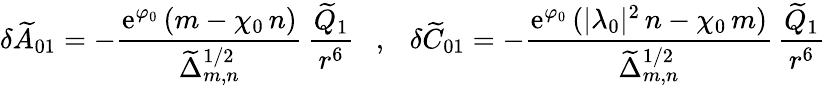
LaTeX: \delta{\widetilde A}_{01}=-\frac{\mathrm{e}^{\varphi_{0}}\, (m-\chi_{0}\, n)}{{\widetilde\Delta}_{m,n}^{1/2}}\, \frac{{\widetilde Q}_{1}}{r^{6}}~~~,~~~\delta{\widetilde C}_{01}=-\frac{\mathrm{e}^{\varphi_{0}}\, (|\lambda_{0}|^{2}\, n-\chi_{0}\, m)}{{\widetilde\Delta}_{m,n}^{1/2}}\, \frac{{\widetilde Q}_{1}}{r^{6}}